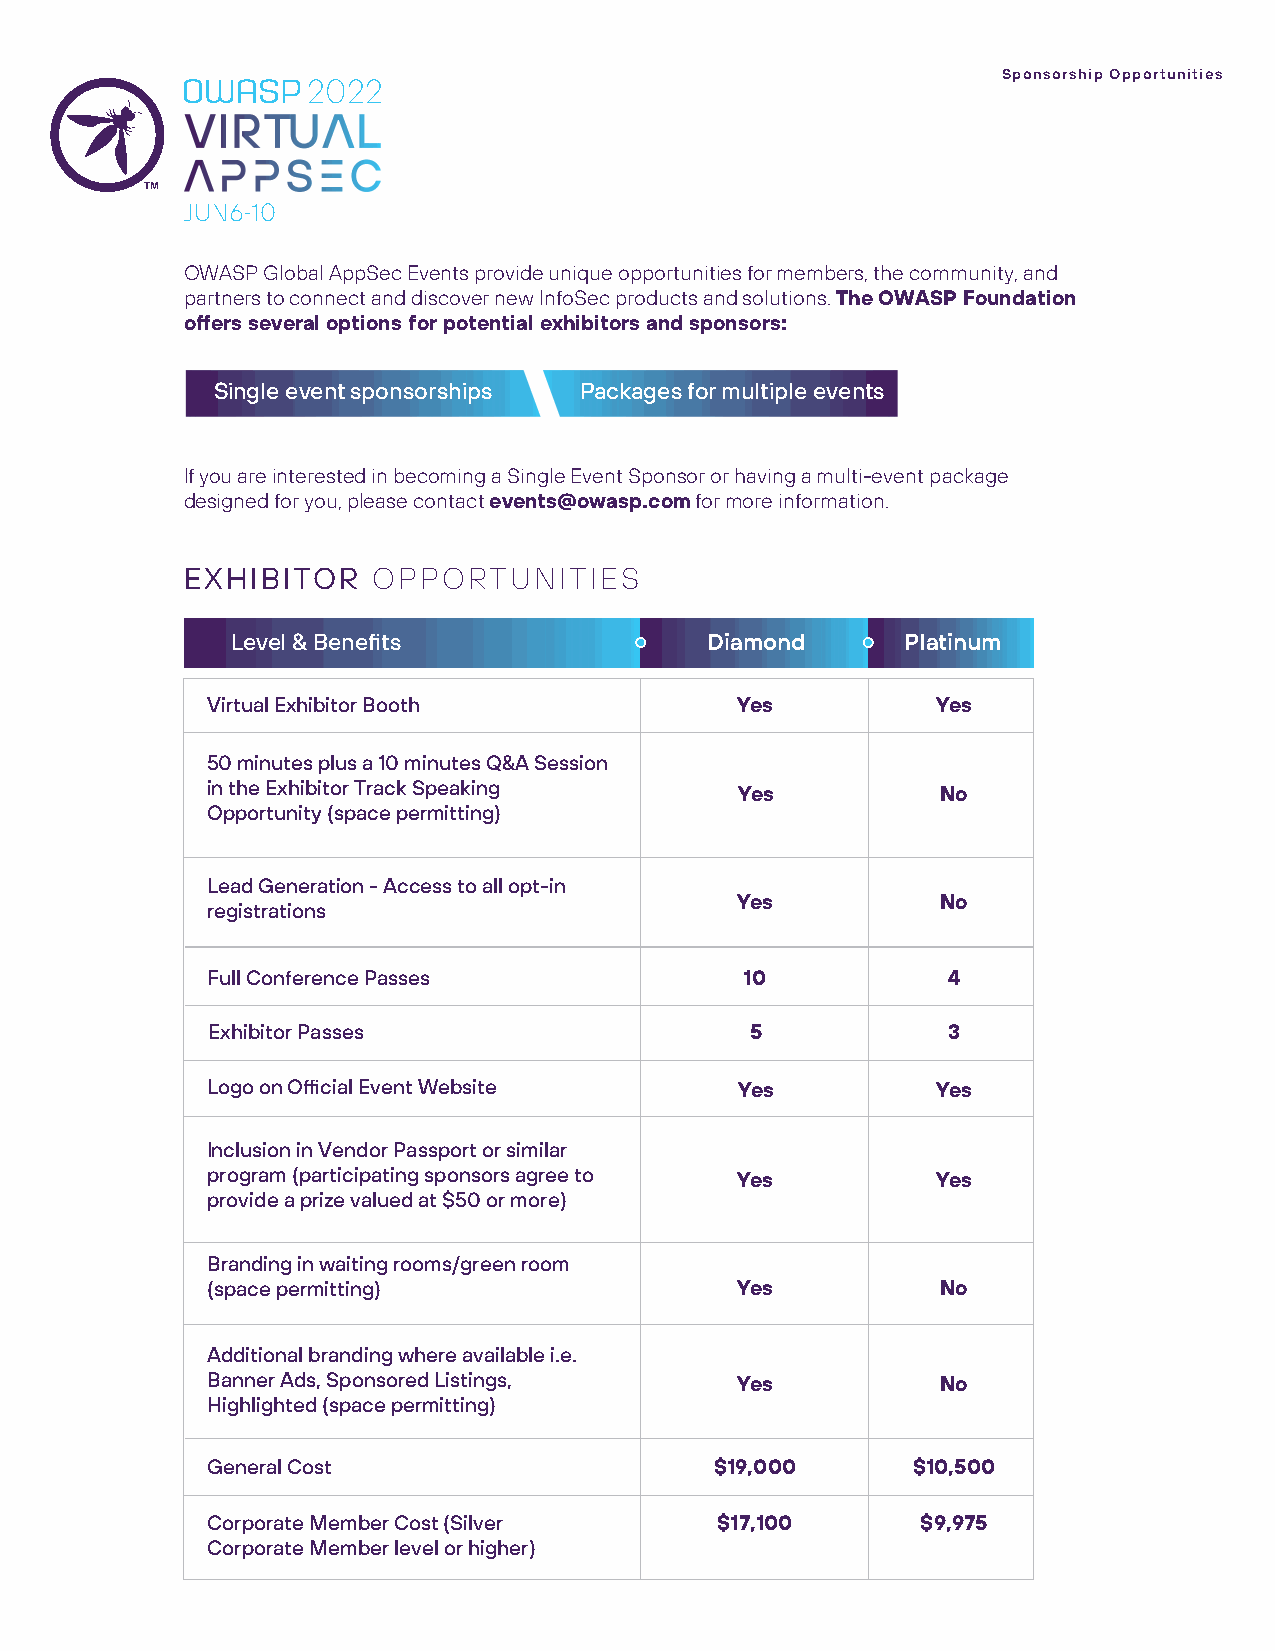
Sponsorship Opportunities
 2022
 OWASP Global AppSec Events provide unique opportunities for members, the community, and
 partners to connect and discover new InfoSec products and solutions. The OWASP Foundation
 offers several options for potential exhibitors and sponsors:
 Single event sponsorships Packages for multiple events
 If you are interested in becoming a Single Event Sponsor or having a multi-event package
 designed for you, please contact events@owasp.com for more information.
 EXHIBITOR    OPPORTUNITIES
 Level & Benefits                Diamond      Platinum
 Virtual Exhibitor Booth            Yes          Yes
 50 minutes plus a 10 minutes Q&A Session
 in the Exhibitor Track Speaking
 Yes          No
 Opportunity (space permitting)
 Lead Generation - Access to all opt-in
 Yes          No
 registrations
 Full Conference Passes             10            4
 Exhibitor Passes                    5            3
 Logo on Official Event Website     Yes          Yes
 Inclusion in Vendor Passport or similar
 program (participating sponsors agree to Yes    Yes
 provide a prize valued at $50 or more)
 Branding in waiting rooms/green room
 (space permitting)                 Yes          No
 Additional branding where available i.e.
 Banner Ads, Sponsored Listings,    Yes          No
 Highlighted (space permitting)
 General Cost                     $19,000      $10,500
 Corporate Member Cost (Silver    $17,100       $9,975
 Corporate Member level or higher)